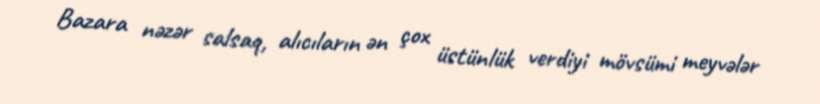
Bazara nəzər salsaq, alıcıların ən çox üstünlük verdiyi mövsümi meyvələr